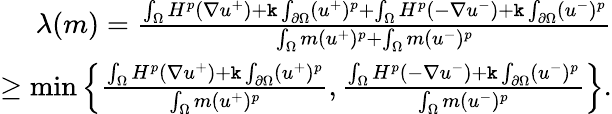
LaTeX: \begin{array}{r}{\lambda(m)=\frac{\int_{\Omega}H^{p}(\nabla u^{+})+\mathtt k\int_{\partial\Omega}(u^{+})^{p}+\int_{\Omega}H^{p}(-\nabla u^{-})+\mathtt k\int_{\partial\Omega}(u^{-})^{p}}{\int_{\Omega}m(u^{+})^{p}+\int_{\Omega}m(u^{-})^{p}}}\\ {\geq\operatorname*{min}\left\{ \frac{\int_{\Omega}H^{p}(\nabla u^{+})+\mathtt k\int_{\partial\Omega}(u^{+})^{p}}{\int_{\Omega}m(u^{+})^{p}},\frac{\int_{\Omega}H^{p}(-\nabla u^{-})+\mathtt k\int_{\partial\Omega}(u^{-})^{p}}{\int_{\Omega}m(u^{-})^{p}}\right\} .}\end{array}